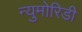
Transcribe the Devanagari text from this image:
न्युमोरिडी